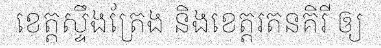
ខេត្តស្ទឹងត្រែង និងខេត្តរតនគិរី ឲ្យ